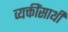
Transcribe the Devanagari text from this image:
व्यक्तींसाथी